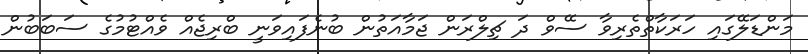
މަންޑަލޭގައި ހަރަކާތްތެރިވާ ސޭވް ދަ ޗިލްރަން ޖަމާއަތުން ބުނެފައިވަނީ ބްރިޖެއް ވެއްޓުމުގެ ސަބަބުން